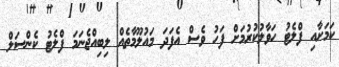
ކަމަށާއި ފްލެޓު ހަވާލުކުރުމަށް ފަހު ވެސް އެފަދަ މައުލޫމާތެއް ލިބިއްޖެނަމަ ފްލެޓު ކެންސަލް